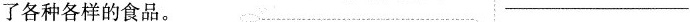
了各种各样的食品。 ___